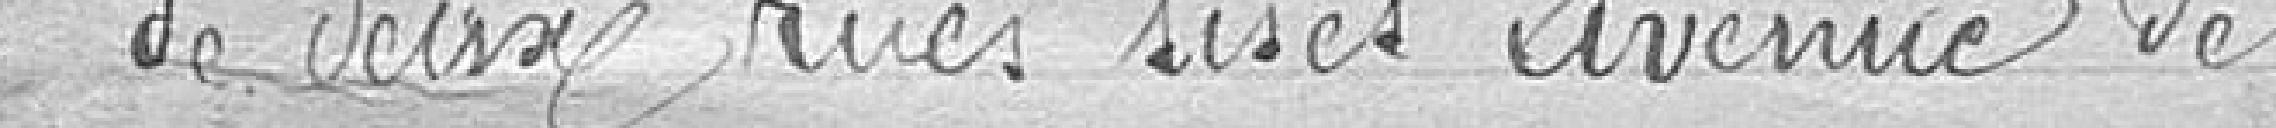
de deux rues sises avenue de